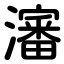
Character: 瀋